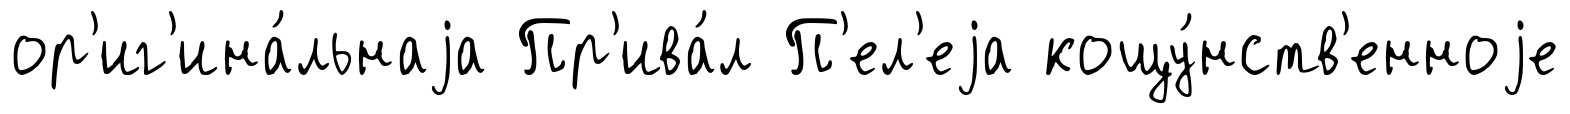
ор'иг'ина́льнаjа Пр'ива́л П'ел'еjа кощу́нств'енноjе